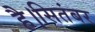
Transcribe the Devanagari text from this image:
है।सितंबर